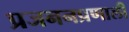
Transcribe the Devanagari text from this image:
प्रजननप्रणाली